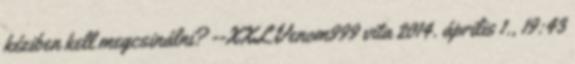
kéziben kell megcsinálni? --XXLVenom999 vita 2014. április 1., 19:43